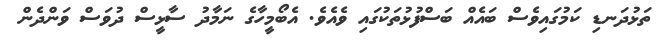
ތަޅުދަނޑި ކަމުގައިވެސް ބައެއް ބަސްފުޅުތަކުގައި ވެއެވެ. އެބޯމީހާގެ ނަމާދު ސާޅީސް ދުވަސް ވަންދެން